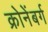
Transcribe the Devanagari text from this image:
क्रोनेंबर्ग